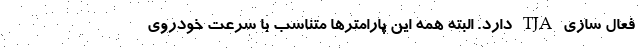
فعال سازی TJA دارد. البته همه این پارامترها متناسب با سرعت خودروی